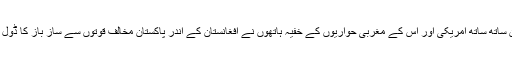
لیکن ساتھ ساتھ امریکی اور اس کے مغربی حواریوں کے خفیہ ہاتھوں نے افغانستان کے اندر پاکستان مخالف قوتوں سے ساز باز کا ڈول ڈالا۔